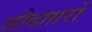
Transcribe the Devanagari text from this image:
सौदाग़रों